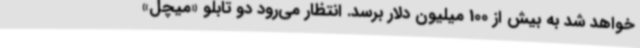
خواهد شد به بیش از 100 میلیون دلار برسد. انتظار می‌رود دو تابلو «میچل»